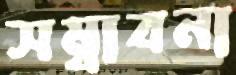
সম্বাবনা